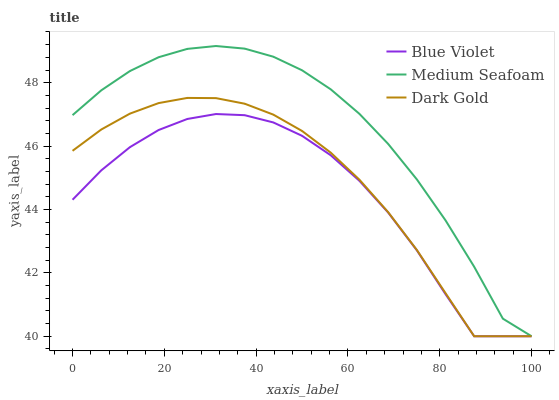
| xaxis_label | Blue Violet | Medium Seafoam | Dark Gold |
 | --- | --- | --- | --- |
 | 0 | 44.3 | 47 | 45.9 |
 | 6.25 | 45.2 | 47.8 | 46.5 |
 | 12.5 | 46 | 48.4 | 47 |
 | 18.8 | 46.5 | 48.8 | 47.4 |
 | 25 | 46.9 | 49.1 | 47.5 |
 | 31.2 | 47 | 49.2 | 47.5 |
 | 37.5 | 47 | 49.1 | 47.3 |
 | 43.8 | 46.7 | 48.8 | 47 |
 | 50 | 46.3 | 48.4 | 46.5 |
 | 56.2 | 45.7 | 47.8 | 45.8 |
 | 62.5 | 44.9 | 47 | 44.9 |
 | 68.8 | 43.9 | 46.1 | 43.9 |
 | 75 | 42.7 | 45 | 42.7 |
 | 81.2 | 41.3 | 43.7 | 41.4 |
 | 87.5 | 40 | 42.2 | 40 |
 | 93.8 | 40 | 40.6 | 40 |
 | 100 | 40 | 40 | 40 |